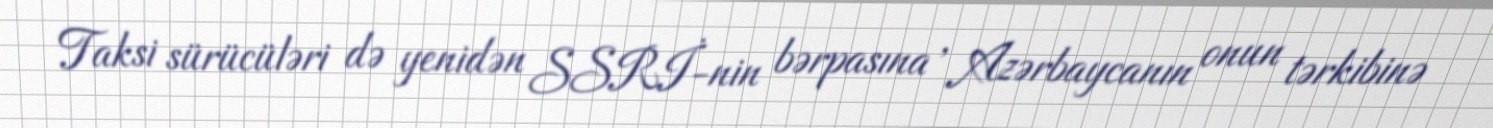
Taksi sürücüləri də yenidən SSRİ-nin bərpasına , Azərbaycanın onun tərkibinə